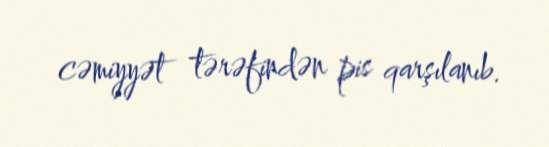
cəmiyyət tərəfindən pis qarşılanıb.